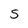
Character: s